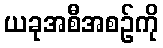
ယခုအစီအစဉ်ကို